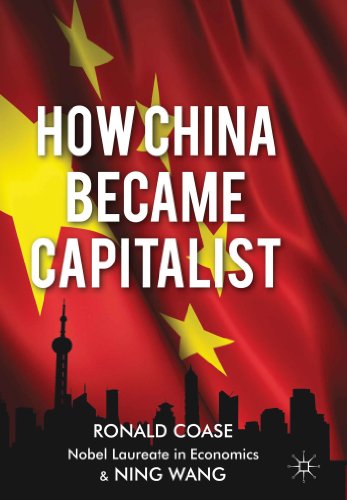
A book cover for How China Became Capitalist; Ronald Coase; Business & Money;